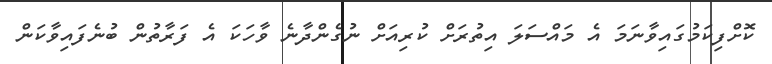
ކޮށްފިކަމުގައިވާނަމަ އެ މައްސަލަ އިތުރަށް ކުރިއަށް ނުގެންދާނެ ވާހަކަ އެ ފަރާތުން ބުނެފައިވާކަން